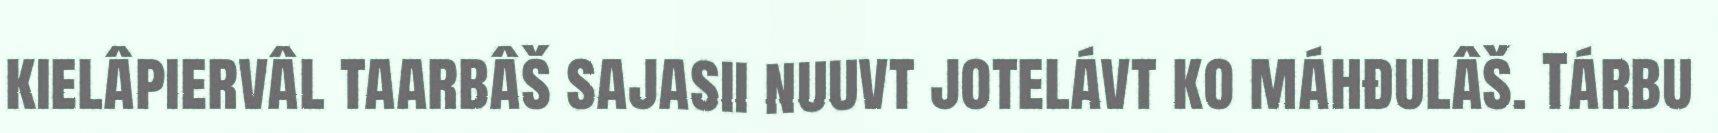
kielâpiervâl taarbâš sajasii nuuvt jotelávt ko máhđulâš. Tárbu